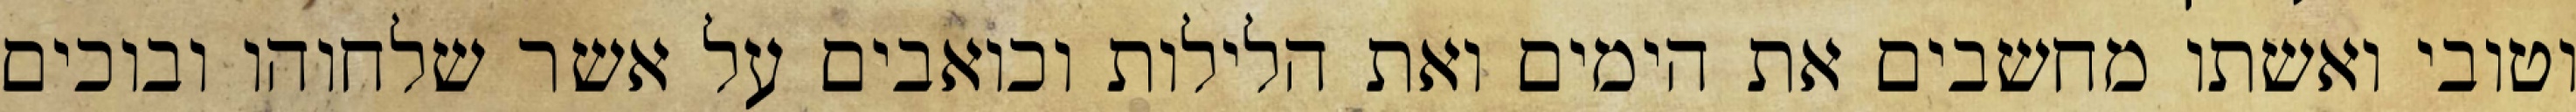
וטובי ואשתו מחשבים את הימים ואת הלילות וכואבים על אשר שלחוהו ובוכים